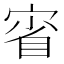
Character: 𡨽